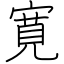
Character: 寛